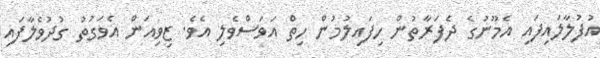
އުފުލާލައިފައި އެމޫނުގެ ދެފަރާތުން ހިފައިލުމުން ހިތް އަވަސްވެލި އެވެ. ޒިވިއަން އެވަގުތު ގުދުވެލާފައި